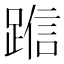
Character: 𬦿